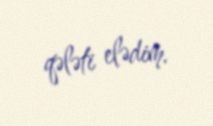
qələti elədim.